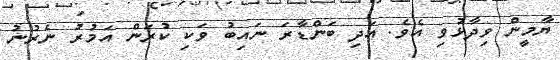
ޔާމީން ވިދާޅުވި އެވެ. އަދި ބަންޑާރަ ނައިބު ވަކި ކުރަން އަމުރު ނެރުނު